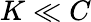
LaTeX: K\ll C